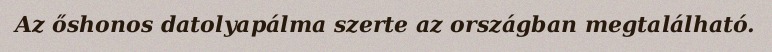
Az őshonos datolyapálma szerte az országban megtalálható.